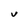
Character: U